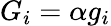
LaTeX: G_{i}=\alpha g_{i}